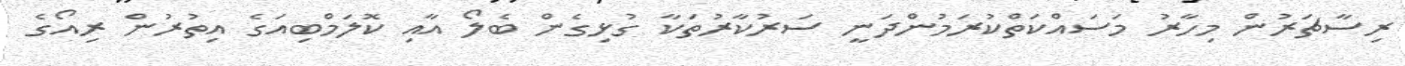
ރިސާޗަރުން މިހާރު މަސައްކަތްކުރަމުންދަނީ ސަރުކާރުތަކާ ގުޅިގެން ބެލޯ އާއި ކޮލަމްބިއަގެ އިތުރުން ރިއޯގެ